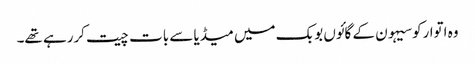
وہ اتوارکوسیہون کے گائوں بوبک میں میڈیا سے بات چیت کررہے تھے۔